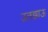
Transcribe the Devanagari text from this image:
उलझाऊ